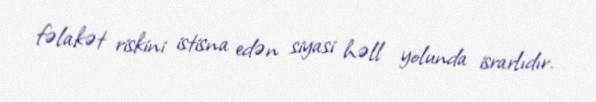
fəlakət riskini istisna edən siyasi həll yolunda israrlıdır.